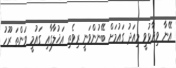
އޭނާ ވިދާޅުވީ މިއަދު ގައުމަށް ބޭނުންވަނީ ރިވެތި އަޚުލާގާއި ގައުމީ ވަންތަ ރޫހު